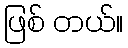
ဖြစ် တယ်။